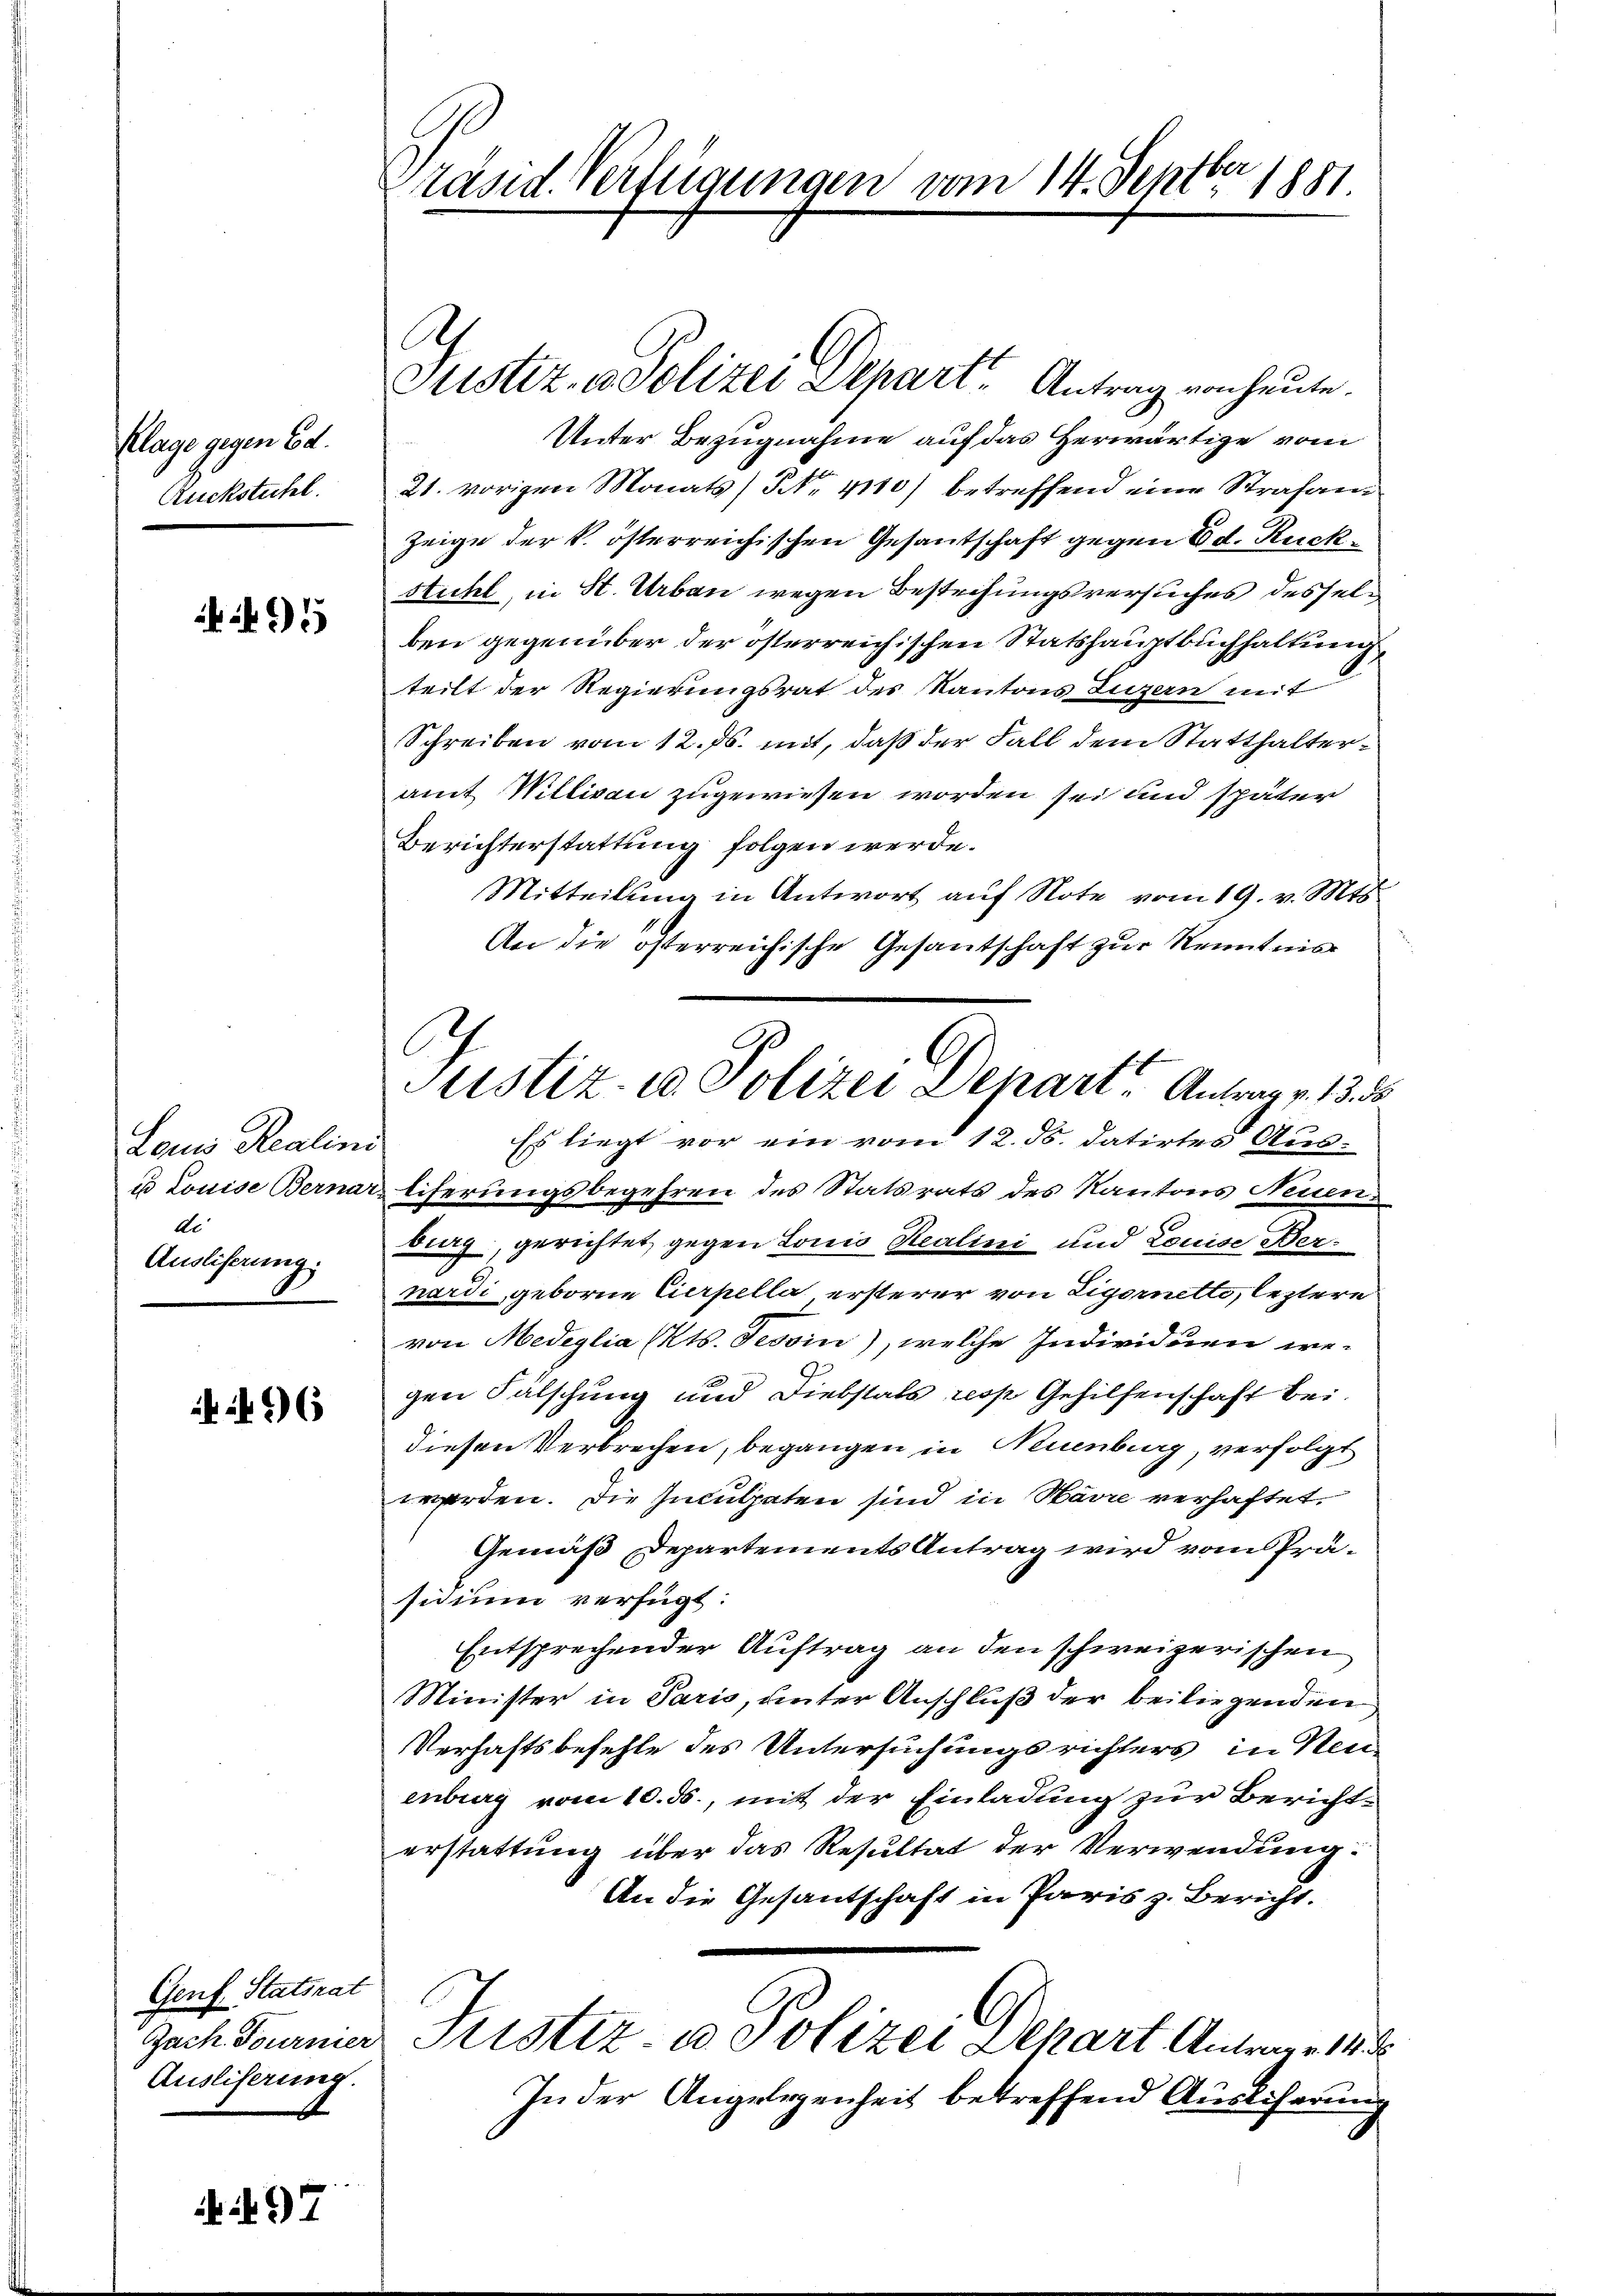
Klage gegen Ed.
Ruckstuhl.

95

Louis Realini
us Louise Bernar-
di
Ausliserung.

96

Genf Statsrat
Jach. Tournier
Ausliferung.

.  97

Präsid. Verfügungen vom 14. Septbr 1881

A

Justiz- & Polizei Depart. Antrag von heute.
Unter Bezugnahme auf das Herwärtige vom
21. vorigen Monats Nr. 4110) betreffend eine Strafan
Zeige der k. österreichischen Gesantschaft gegen Ed. Rück¬
Stichl, in St. Urban wegen Bestechungsversuches desselben gegenüber der österreichischen Statshauptbuchhaltung,
teilt der Regierungsrat des Kantons Luzern mit
Schreiben vom 12. Js. mit, daß der Fall dem Statthalteramt Williven zugewiesen worden sei und später
Berichterstattung folgen werde.
Mitteilung in Antwort auf Note vom 19. v. Mts.
An die österreichische Gesantschaft zur Kenntnis
burg, gerichtet gegen Louis Realini und Louise Bernardi, geborne Eierpella ersterer von Eigernetti, leztere
von Mediglia (Kts. Tessin), welche Individuen we-
gen Fälschung und Diebstals resp. Gehilfenschaft bei.
diesen Verbrechen, begangen in Neuenburg, verfolgt
werden. Die Inculpaten sind in Havre verhaftet.
Gemäß Departements Antrag wird vom Präsicium verfügt:
Entsprechender Auftrag an den schweizerischen
Minister in Paris, unter Anschluß der beiliegenden
Verhaftsbefehle des Untersuchungsrichters, in Neu
enburg vom 10. ds., mit der Einladung zur Berichterstattung über das Resultat der Verwendung:
An die Gesantschaft in Paris z. Bericht.
Justiz u. Polizei Depart Antrage 183
In der Angelegenheit betreffend Auslicherung

s
Justiz- u. Polizei Depart. Antrag v. 13. 5
Es liegt vor ein vom 12. ds. datirtes Aus-
tiferungsbegehren des Statsrats des Kantons Neuen-